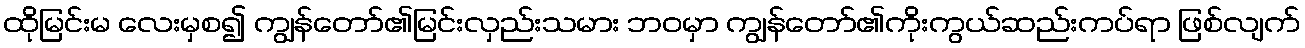
ထိုမြင်းမ လေးမှစ၍ ကျွန်တော်၏မြင်းလှည်းသမား ဘဝမှာ ကျွန်တော်၏ကိုးကွယ်ဆည်းကပ်ရာ ဖြစ်လျက်